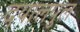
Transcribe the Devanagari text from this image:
दयालपुल